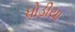
ધોડીયા